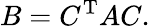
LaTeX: B=C^{\mathrm{T}}AC.